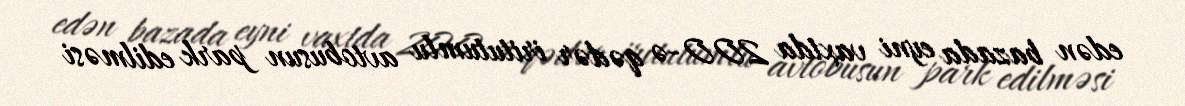
edən bazada eyni vaxtda 200-ə qədər iritutumlu avtobusun park edilməsi